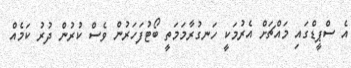
އެ ސްޕީޑްގައި މައްޗަށް އެރުމަކީ ހަނގުރާމަމަތީ ބޯޓުފަހަރުން ވެސް ކުރުން ދުރު ކަމެއް